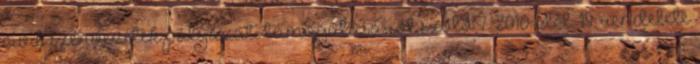
civil szervezetek pályázati támogatásáról szóló 7 2010. II. 19. rendelete